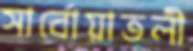
সার্বোয়াতলী